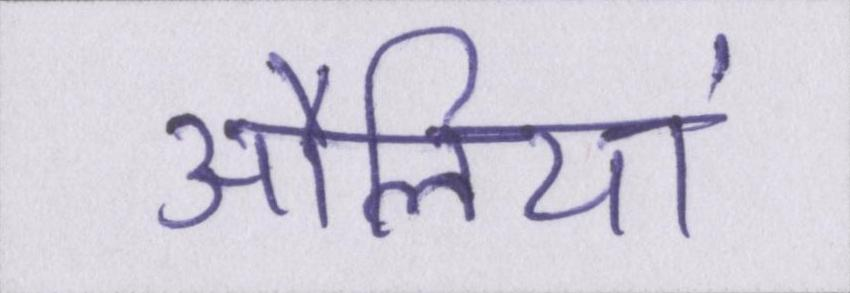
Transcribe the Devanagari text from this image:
औलिया